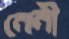
নেনী